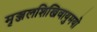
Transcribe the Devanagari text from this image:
मृञ्जलशिखिवायुमयो